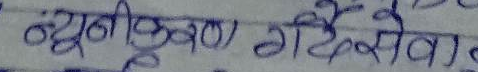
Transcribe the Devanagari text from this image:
न्यूनीकरण गरि सेवा